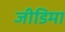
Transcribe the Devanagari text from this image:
जीडिमा